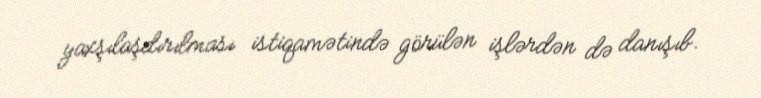
yaxşılaşdırılması istiqamətində görülən işlərdən də danışıb.